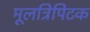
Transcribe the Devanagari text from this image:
मूलत्रिपिटक